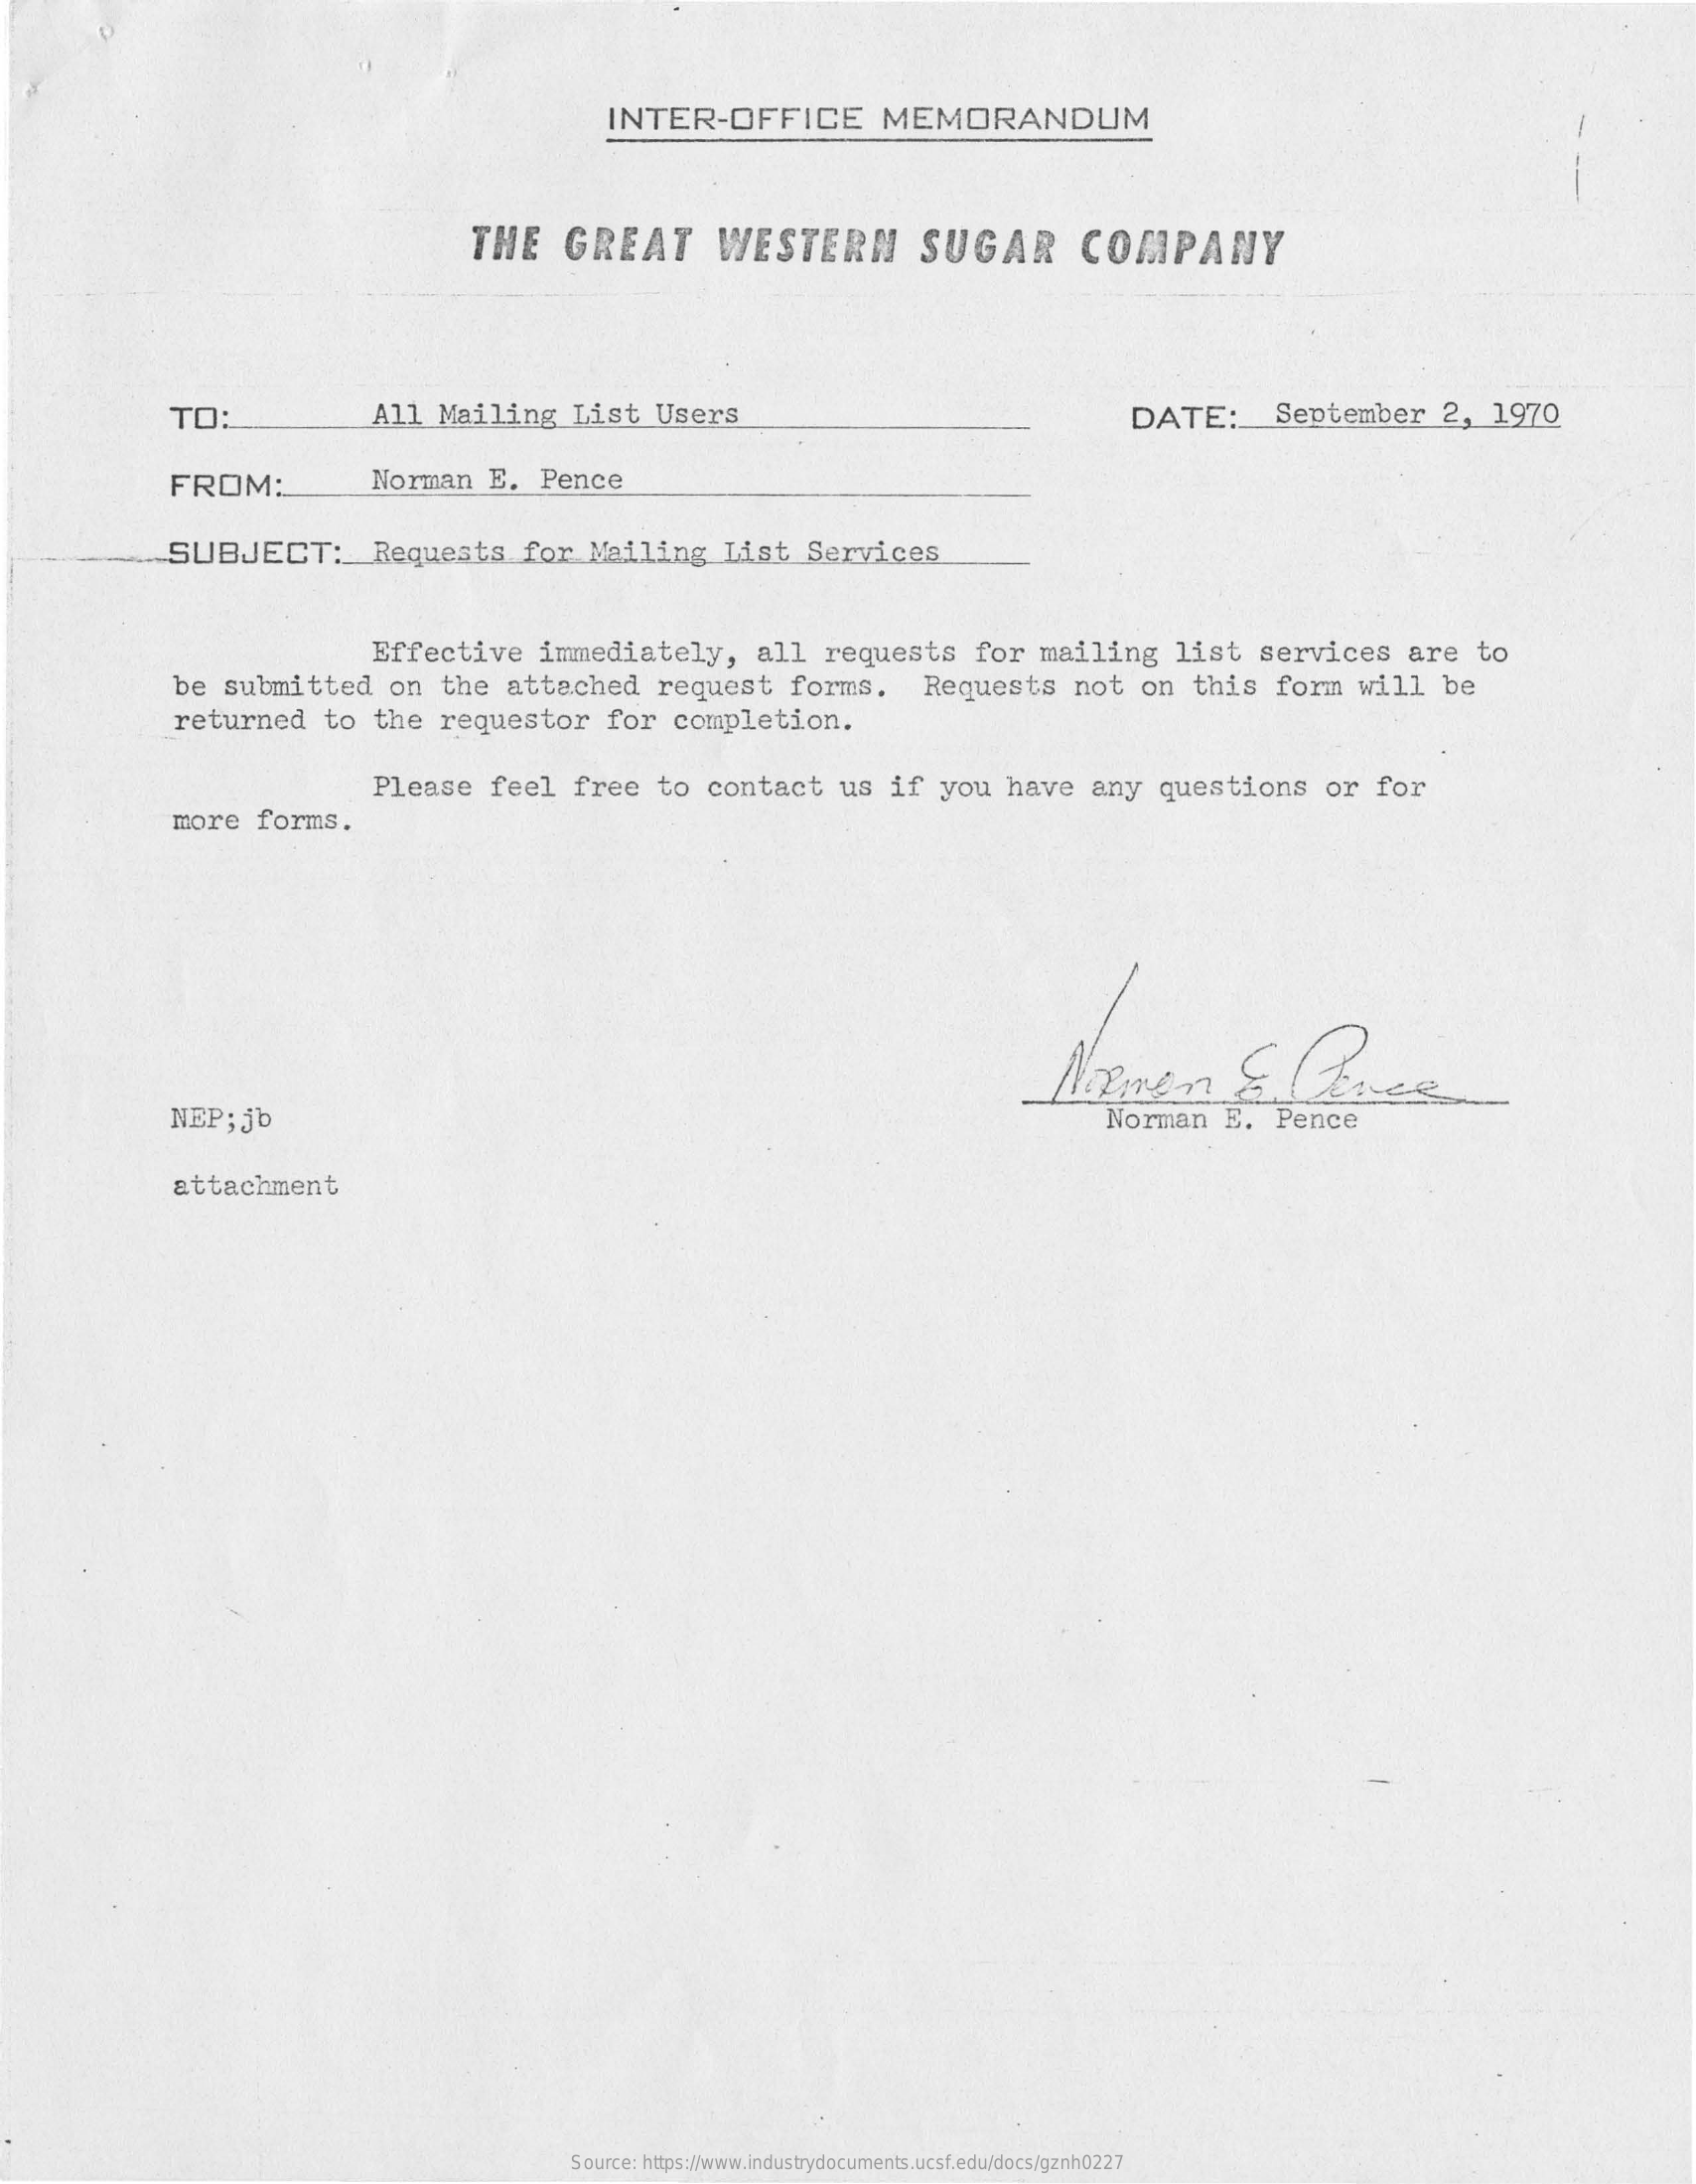
INTER-OFFICE MEMORANDUM
     THE GREAT   WESTERN   SUGAR   COMPANY
     TO:    All Mailing List Users    DATE: September 2, 1970
     FROM:    Norman E. Pence
     SUBJECT:  Requests for Mailing List Services
     Effective immediately, all requests for mailing list services are to
     be submitted on the attached request forms. Requests not on this form will be
     returned to the requestor for completion.
     Please feel free to contact us if you have any questions or for
     more forms.
     Nemen    &  Bones
     NEP; jb    Norman E. Pence
     attachment
     Source: https://www.industrydocuments.ucsf.edu/docs/gznh0227